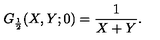
G _ { \frac { 1 } { 2 } } ( X , Y ; 0 ) = \frac { 1 } { X + Y } .